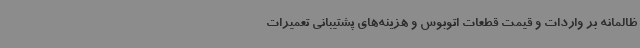
ظالمانه بر واردات و قیمت قطعات اتوبوس و هزینه‌های پشتیبانی تعمیرات